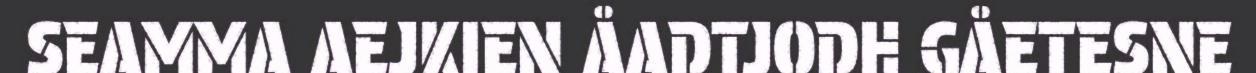
SEAMMA AEJKIEN ÅADTJODH GÅETESNE